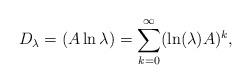
LaTeX: \begin{align*}D_{\lambda}=(A\ln \lambda)=\sum^{\infty}_{k=0}(\ln (\lambda)A)^{k},\end{align*}